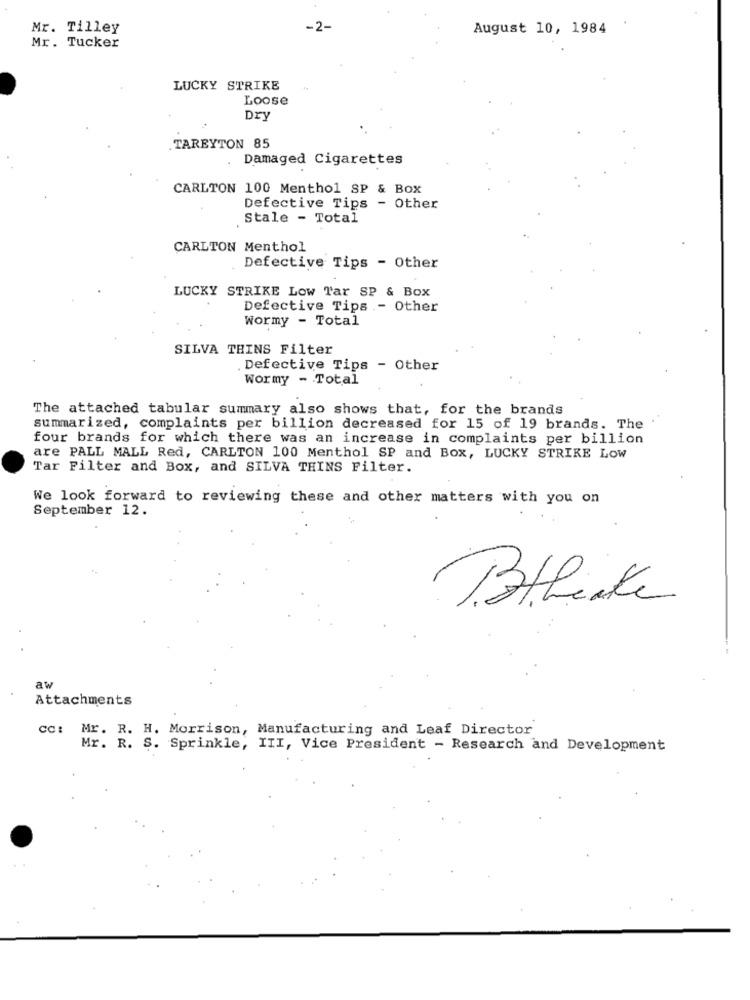
Mr. Tilley
-2-
August 10, 1984
Mr. Tucker
LUCKY STRIKE
Loose
Dry
TAREYTON 85
Damaged Cigarettes
CARLTON 100 Menthol SP & Box
Defective Tips - Other
Stale - Total
CARLTON Menthol
Defective Tips - Other
LUCKY STRIKE Low Tar SP & Box
Defective Tips .- Other
Wormy - Total
SILVA THINS Filter
Defective Tips - Other
Wormy - Total
The attached tabular summary also shows that, for the brands
summarized, complaints per billion decreased for 15 of 19 brands. The
four brands for which there was an increase in complaints per billion
are PALL MALL Red, CARLTON 100 Menthol SP and Box, LUCKY STRIKE LOW
Tar Filter and Box, and SILVA THINS Filter.
We look forward to reviewing these and other matters with you on
September 12.
Btbrake
aw
Attachments
cc: Mr. R. H. Morrison, Manufacturing and Leaf Director
Mr. R. S. Sprinkle, III, Vice President - Research and Development